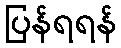
ပြန်ရရန်